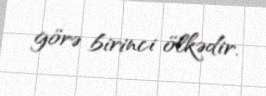
görə birinci ölkədir.